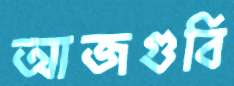
আজগুবি